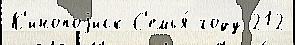
К'инопоjиск С'емья́ году 212